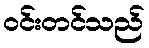
ဝင်းတင်သည်